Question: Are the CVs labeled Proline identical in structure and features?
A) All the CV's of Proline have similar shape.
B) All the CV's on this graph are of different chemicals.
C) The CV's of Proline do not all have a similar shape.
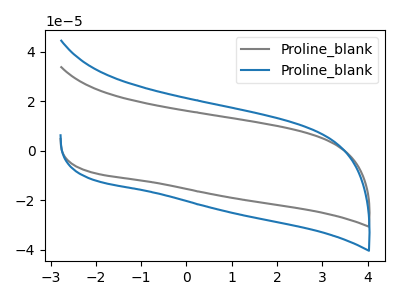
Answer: <think>The gray curve "Proline_blank1" has no peaks. The blue curve "Proline_blank2" has no peaks.
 Neither "Proline_blank1" or "Proline_blank2" have any peaks.</think>
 <answer>A) All the CV's of "Proline" have similar shape.</answer>
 <eval>A</eval>